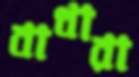
বাধারা